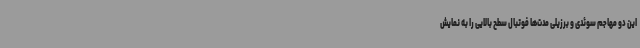
این دو مهاجم سوئدی و برزیلی مدت‌ها فوتبال سطح بالایی را به نمایش